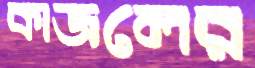
কাজলের